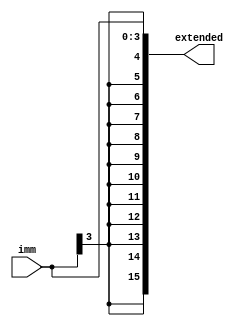
module SE_16(
	input [3:0] imm,
	output [15:0] extended
);
                         
    assign extended = { {12{imm[3]}}, imm};
    
endmodule